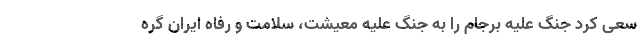
سعی کرد جنگ علیه برجام را به جنگ علیه معیشت، سلامت و رفاه ایران گره